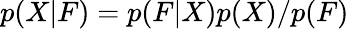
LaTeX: p(X|F)=p(F|X)p(X)/p(F)